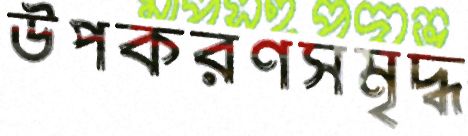
উপকরণসমৃদ্ধ